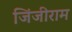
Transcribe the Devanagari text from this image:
जिंजीराम